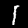
Digit: 1